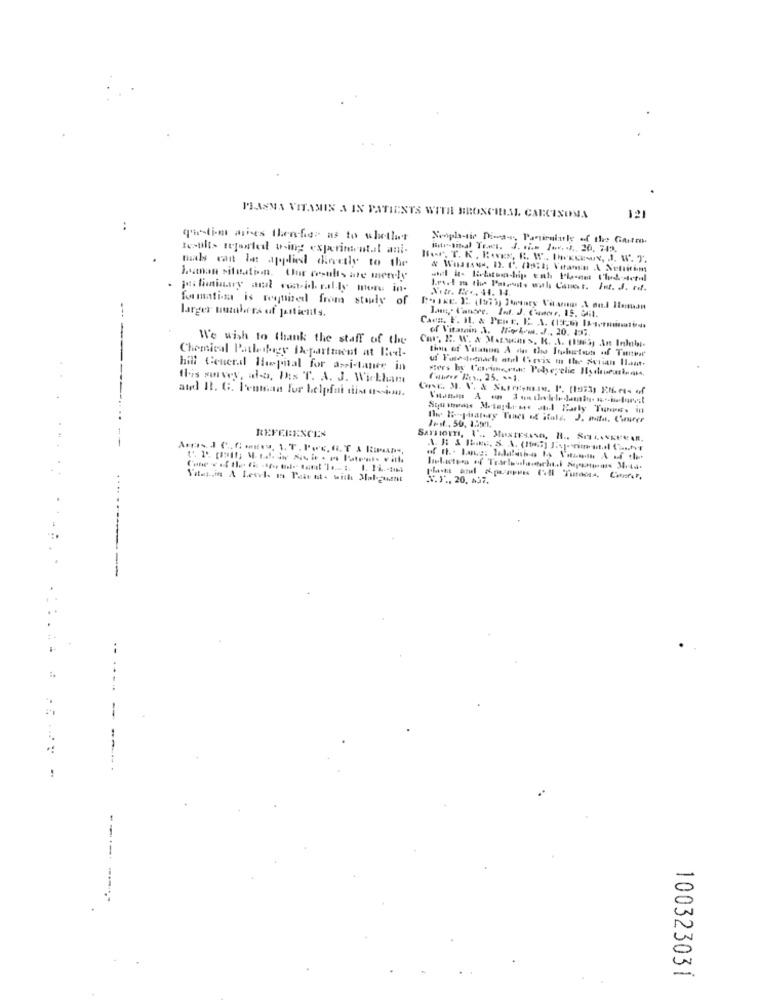
PLASMA VITAMIN A IN PATIENTS WITH BRONCHIAL CARCINOMA
121
..
quetime aries thenfier as to whether
Nonph-tie Diwa -, Panirularle of thee Garten
Baraital Tres. J .... Jov. s. 20, 712.
nils can la applied dovedly to the
"for. T. K. RoEs, R. W .. (KKEN, J. W. T.
human situation. Our results are merely
Nitr. B ., 44. 14.
Ioel m the Patents wul Canet. Int. J. rif.
formation is required from study of
larger numbers of jartients.
CACH. F. IL. & PENE. E. A. (13:6) 11-4-rumination
of Vitamin .I. Wieb.w. f ., 20. 137.
We wish to thank the staff of the
this of Vilannn A du the Itplustests of Tunvar'
-- ---
Chemical Patleshegy Department at Bed-
uf Fiedemach atel Cervix in the Surian II ...
٠٠
hill Cenerd Hopital for assistance in
this survey, also, Dis T. A. J. Wickham
and It. G. Penman for helpfui dist q-sin.
Il 15 -pisatory Tones of italy. J. mita. Cuurer
REFERENCES
X.Y ., 20, 437.
-----
100323031